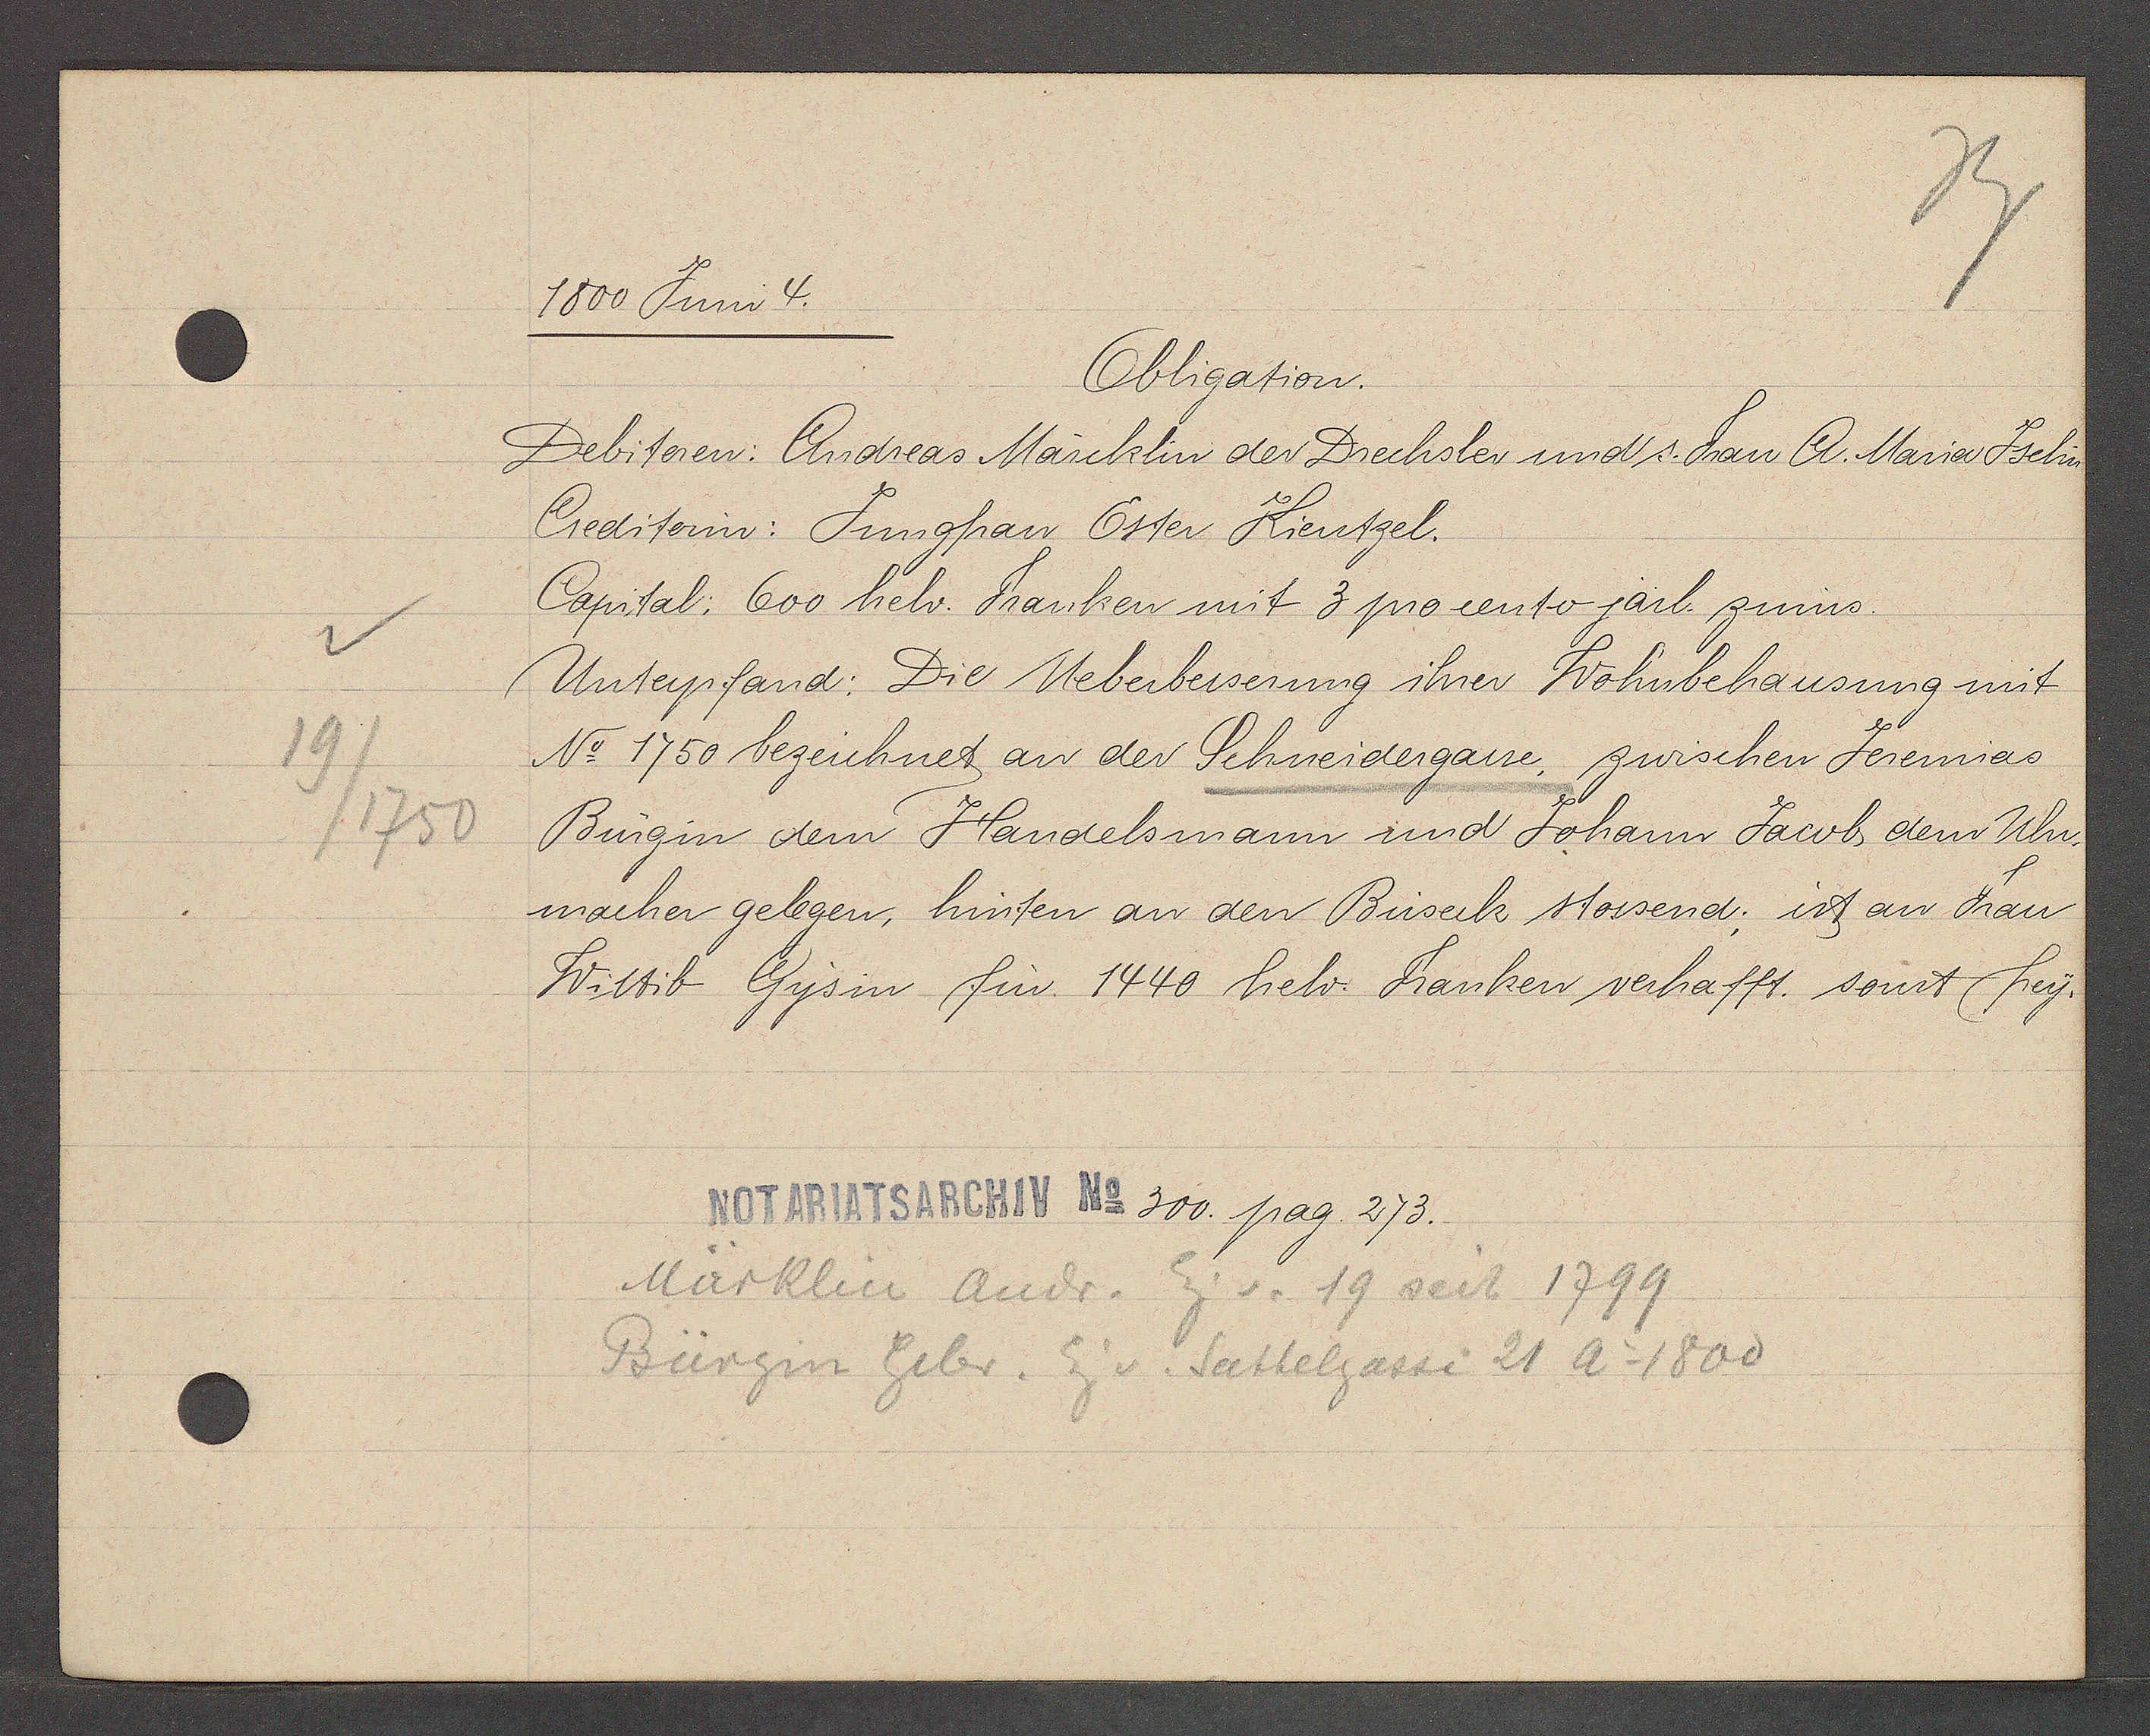
Transcript:
19
/1750

1800 Juni 4.

Obligation.
Debitoren: Andreas Märcklin der Drechsler und s. Frau A. Maria Jselin
Creditorin: Jungfrau Ester Kientzel.
Capital: 600 helv. Franken mit 3 procento järl. zinns.
Unterpfand: Die Ueberbesserung ihrer Wohnbehausung mit
No 1750 bezeichnet an der Schneidergasse, zwischen Jeremias
Burgin dem Handelsmann und Johann Jacob dem Uhr¬
macher gelegen, hinten an den Büseck stossend; ist an Frau
Wittib Gysin für 1440 helv. Franken verhafft. sonst frey.

Notariatsarchiv No 300. pag. 273.

Märklin Andr. Eig v. 19 seit 1799
Bürgin Gebr. Eig v. Sattelgasse 21 Ao 1800